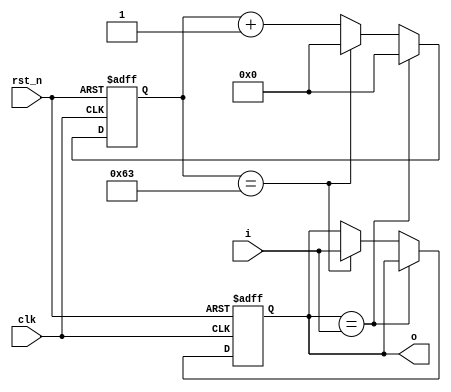
/**********************************************************************
 * DO WHAT THE FUCK YOU WANT TO AND DON'T BLAME US PUBLIC LICENSE     *
 *                    Version 3, April 2008                           *
 *                                                                    *
 * Copyright (C) 2018 Luke Wren                                       *
 *                                                                    *
 * Everyone is permitted to copy and distribute verbatim or modified  *
 * copies of this license document and accompanying software, and     *
 * changing either is allowed.                                        *
 *                                                                    *
 *   TERMS AND CONDITIONS FOR COPYING, DISTRIBUTION AND MODIFICATION  *
 *                                                                    *
 * 0. You just DO WHAT THE FUCK YOU WANT TO.                          *
 * 1. We're NOT RESPONSIBLE WHEN IT DOESN'T FUCKING WORK.             *
 *                                                                    *
 *********************************************************************/

// i is an input which  may be glitchy.
// o tracks the state of i, but does not toggle
// until i has been stable for n cycles.

module debounce_ctr #(
	parameter N_CYCLES = 100,
	parameter W_CTR = $clog2(N_CYCLES) // let this default
) (
	input wire clk,
	input wire rst_n,
	input wire i,
	output reg o
);

reg [W_CTR-1:0] ctr;

always @ (posedge clk or negedge rst_n) begin
	if (!rst_n) begin
		ctr <= {W_CTR{1'b0}};
		o <= 1'b0;
	end else begin
		if (o == i) begin
			ctr <= {W_CTR{1'b0}};
		end else begin
			ctr <= ctr + 1'b1;
			if (ctr == N_CYCLES - 1) begin
				o <= i;
				ctr <= {W_CTR{1'b0}};
			end
		end
	end
end

endmodule